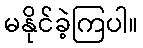
မနိုင်ခဲ့ကြပါ။